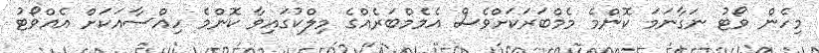
މިހެން ވޯޓު ނަގާނަމަ ކޮންމެ މެމްބަރަކަށްވެސް އެމެމްބަރެއްގެ މިލްކުގައިވާ ކޮންމެ ހިއްސާއަކަށް އެއްވޯޓު